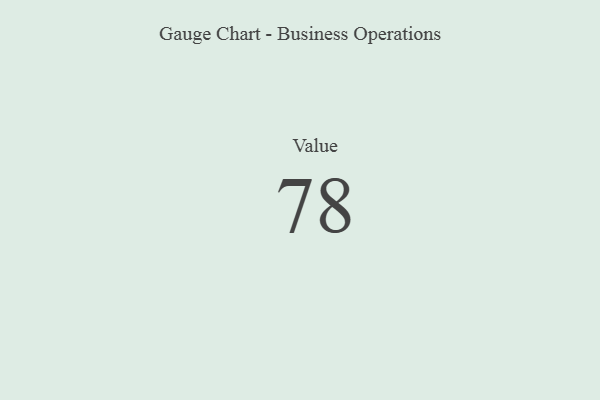
{"axis": {"x": "Metric", "y": "Value"}, "legend": [""], "data": [{"x": "Value", "y": 78, "type": ""}]}